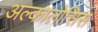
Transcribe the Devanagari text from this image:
अल्कालोसिस